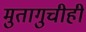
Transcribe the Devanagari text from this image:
मुतागुचीही